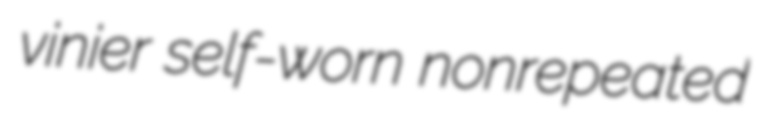
vinier self-worn nonrepeated